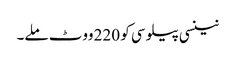
نینسی پیلوسی کو 220 ووٹ ملے۔